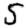
Digit: 5